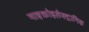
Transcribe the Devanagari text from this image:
माइक्रोइलेक्ट्रानिक